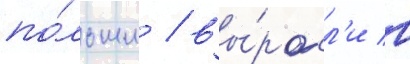
по́льши / вы́росл'и в